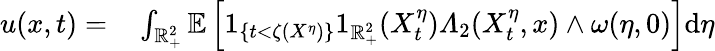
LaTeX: \begin{array}{rl}{u(x,t)=}&{{}\int_{\mathbb{R}_{+}^{2}}\mathbb{E}\left[1_{\{ t<\zeta(X^{\eta})\} }1_{\mathbb{R}_{+}^{2}}(X_{t}^{\eta})\varLambda_{2}(X_{t}^{\eta},x)\wedge\omega(\eta,0)\right]\mathrm{d}\eta}\end{array}